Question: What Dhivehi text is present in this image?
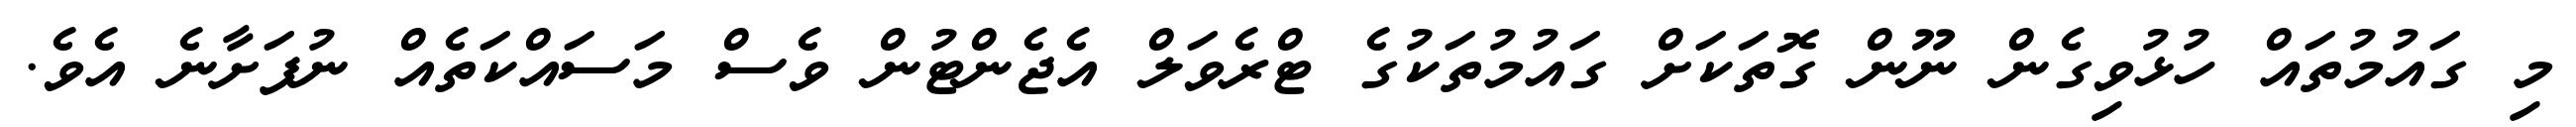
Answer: މި ގައުމުތައް ހުޅުވިގެން ނޫން ގޮތަކަށް ގައުމުތަކުގެ ޓްރެވަލް އެޖެންޓުން ވެސް މަސައްކަތެއް ނުފަށާނެ އެވެ.